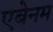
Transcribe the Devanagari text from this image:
एबेनम